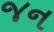
જન